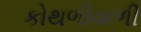
કોથળીવાળી